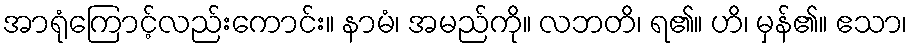
အာရုံကြောင့်လည်းကောင်း။ နာမံ၊ အမည်ကို။ လဘတိ၊ ရ၏။ ဟိ၊ မှန်၏။ ဧသာ၊